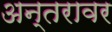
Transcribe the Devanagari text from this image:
अन्तरावर